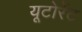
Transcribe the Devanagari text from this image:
यूटोरेंट